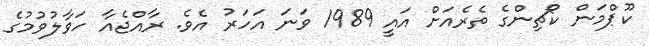
ކޫޕްމަން ކޯޗިންގެ ތެރެއަށް އައީ 1989 ވަނަ އަހަރު އެވެ. ރާއްޖެއާ ހަވާލުވުމުގެ